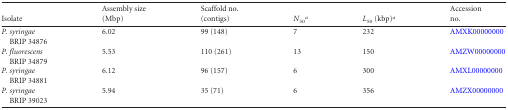
<table><thead><tr><td><b>Isolate</b></td><td><b>Assembly size(Mbp)</b></td><td><b>Scaffold no.(contigs)</b></td><td><b><i>N</i><sub>50</sub><sup><i>a</i></sup></b></td><td><b><i>L</i><sub>50</sub> (kbp)<i><sup>a</sup></i></b></td><td><b>Accessionno.</b></td></tr></thead><tbody><tr><td><i>P. syringae</i> BRIP 34876</td><td>6.02</td><td>99 (148)</td><td>7</td><td>232</td><td>AMXK00000000</td></tr><tr><td><i>P. fluorescens</i>BRIP 34879</td><td>5.53</td><td>110 (261)</td><td>13</td><td>150</td><td>AMZW00000000</td></tr><tr><td><i>P. syringae</i>BRIP 34881</td><td>6.12</td><td>96 (157)</td><td>6</td><td>300</td><td>AMXL00000000</td></tr><tr><td><i>P. syringae</i>BRIP 39023</td><td>5.94</td><td>35 (71)</td><td>6</td><td>356</td><td>AMZX00000000</td></tr></tbody></table>